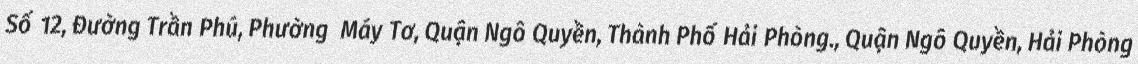
Số 12, Đường Trần Phú, Phường  Máy Tơ, Quận Ngô Quyền, Thành Phố Hải Phòng., Quận Ngô Quyền, Hải Phòng